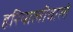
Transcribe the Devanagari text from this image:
हरियालीवाले